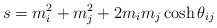
\begin{align*}s=m_{i}^{2}+m_{j}^{2}+2m_{i}m_{j}\cosh \theta _{ij} \end{align*}